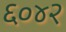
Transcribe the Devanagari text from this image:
६०४२